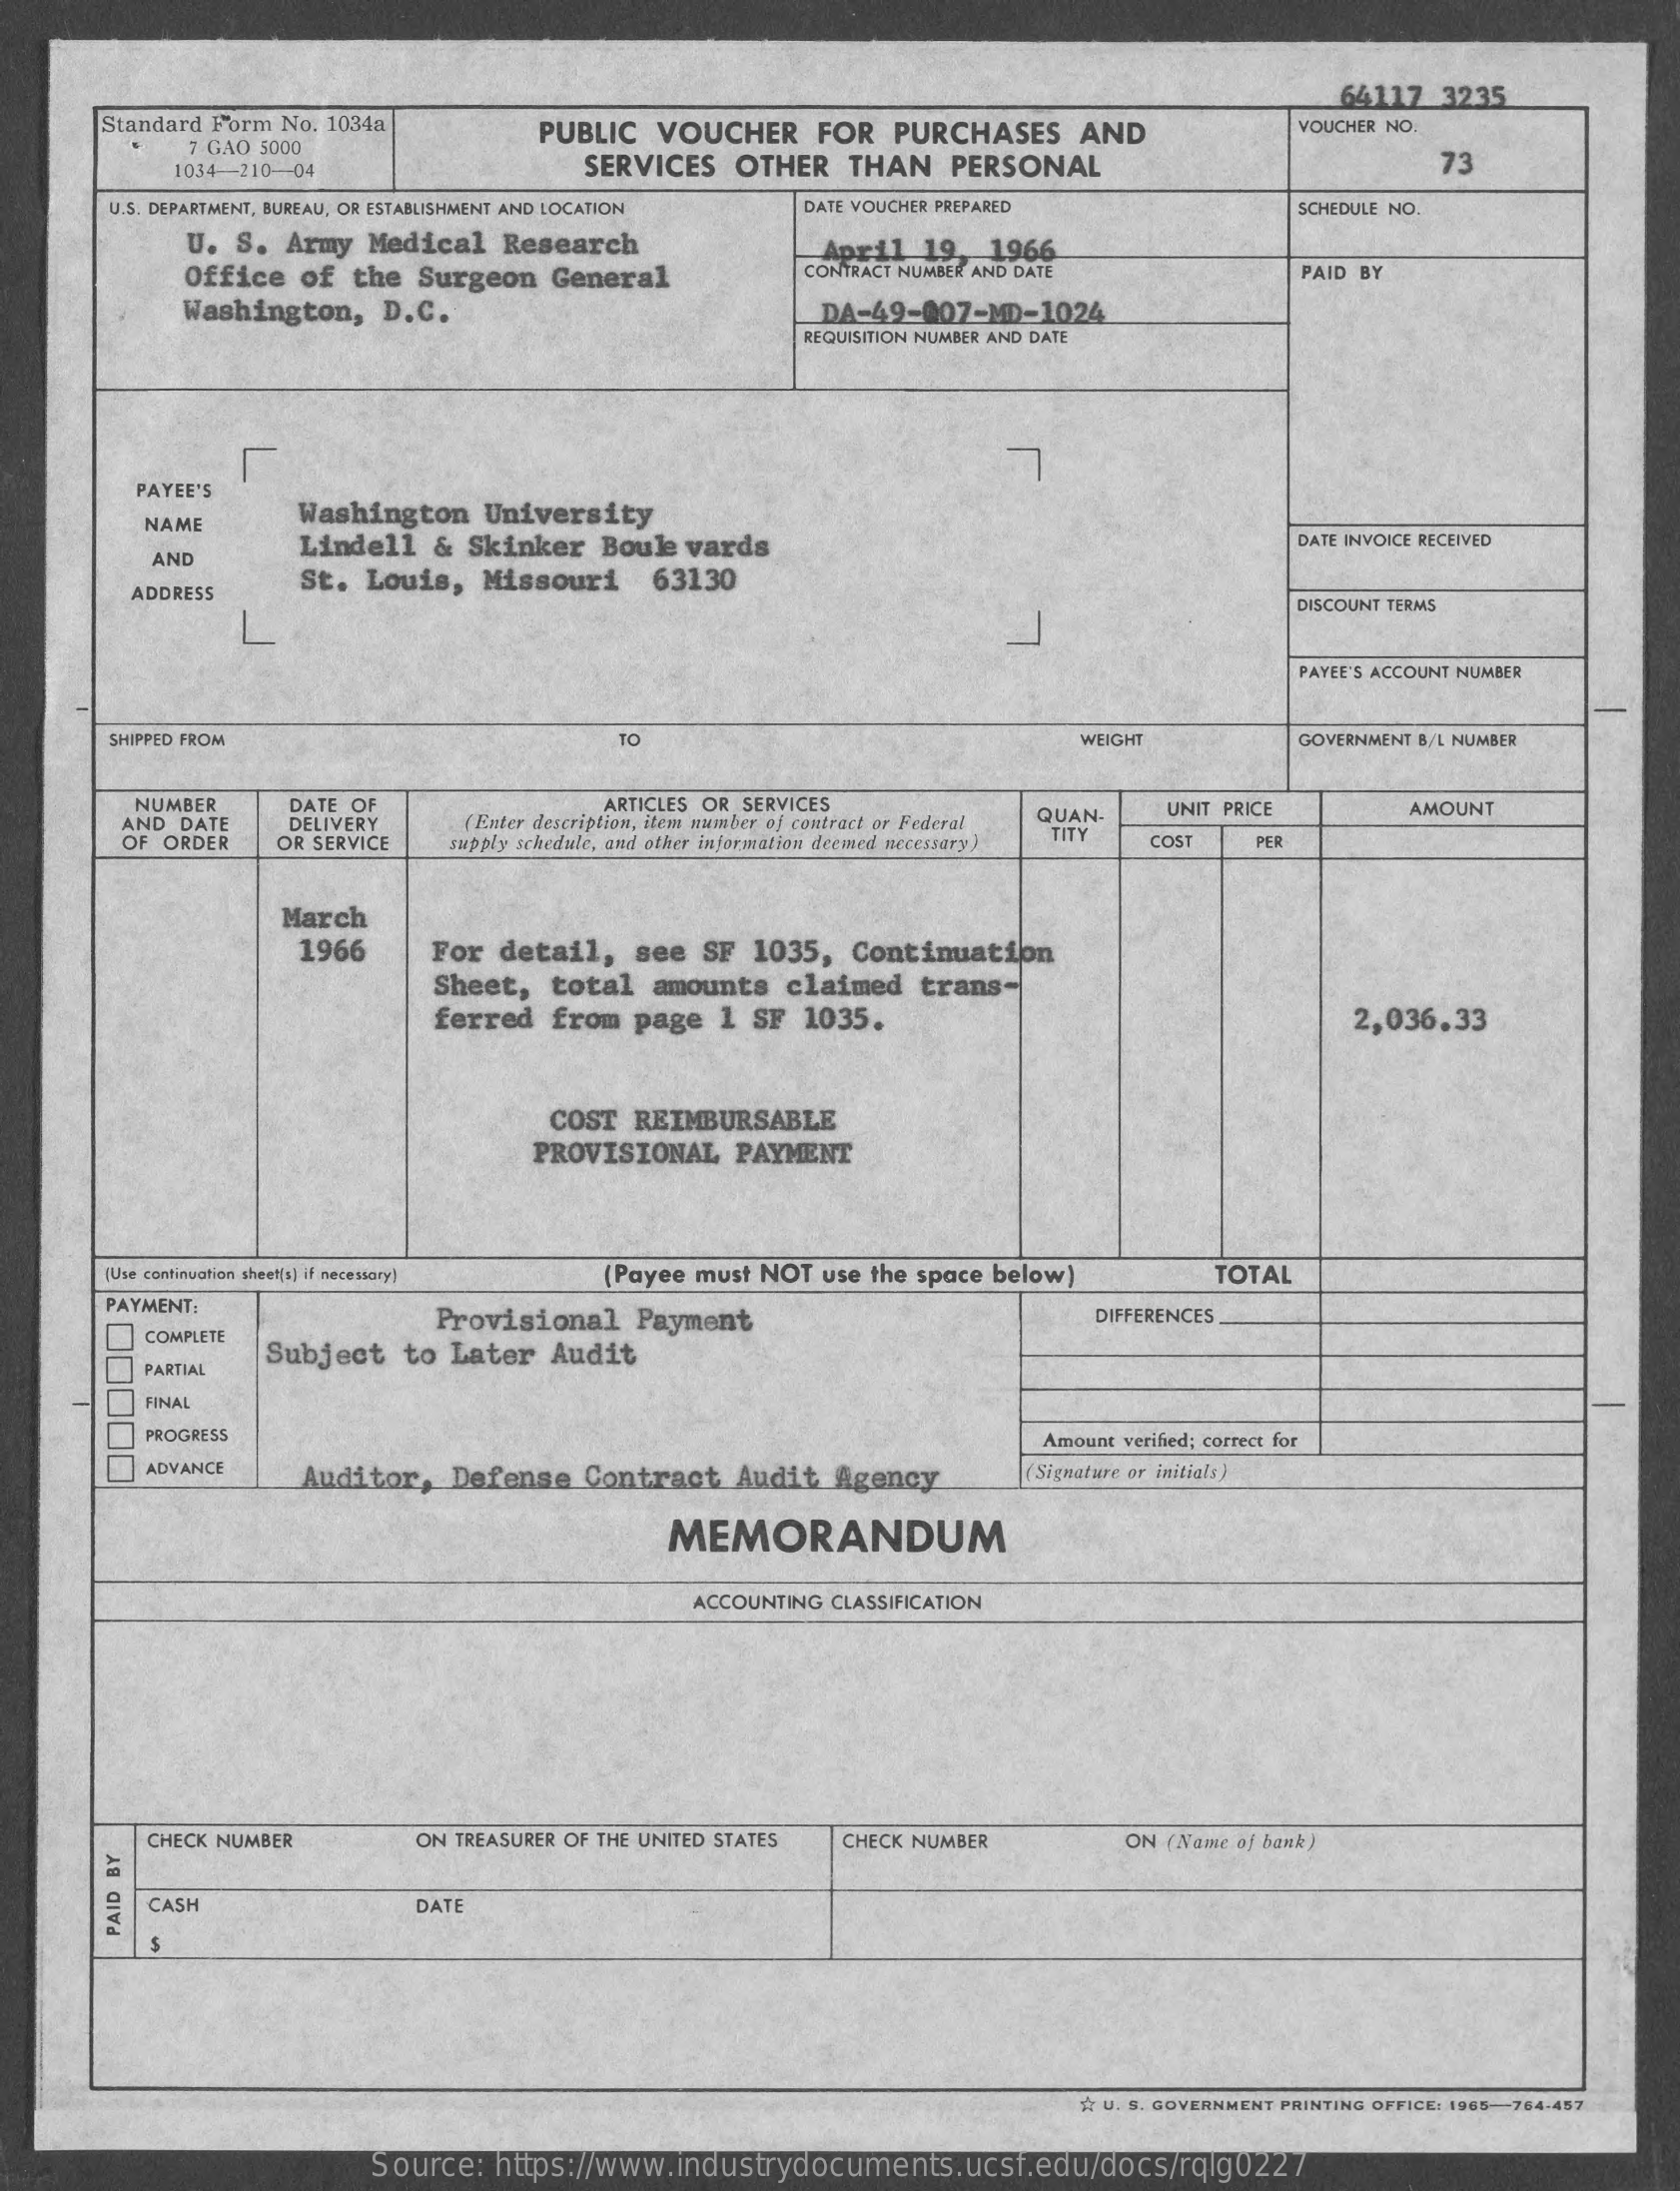
64117 3235
     Standard Form No. 1034a   PUBLIC VOUCHER  FOR  PURCHASES  AND    VOUCHER NO.
     7 GAO 5000
     1034-210-04    SERVICES OTHER THAN  PERSONAL    73
     U.S. DEPARTMENT, BUREAU, OR ESTABLISHMENT AND LOCATION DATE VOUCHER PREPARED SCHEDULE NO.
     U. S. Army Medical Research
     Office of the Surgeon General
     April 19  1966
     CONTRACT NUMBER AND DATE    PAID BY
     Washington, D.C.    DA-49-007-MD-1024
     REQUISITION NUMBER AND DATE
     PAYEE'S
     Washington University
     NAME
     Lindell & Skinker Boule vards    DATE INVOICE RECEIVED
     AND
     ADDRESS
     St. Louis, Missouri  63130
     DISCOUNT TERMS
     PAYEE'S ACCOUNT NUMBER
     SHIPPED FROM    TO    WEIGHT    GOVERNMENT B/L NUMBER
     NUMBER
     AND DATE
     DATE OF
     DELIVERY
     ARTICLES OR SERVICES
     ( Enter description, item number of contract or Federal QUAN- UNIT PRICE AMOUNT
     OF ORDER OR SERVICE supply schedule, and other information deemed necessary)
     TITY COST   PER
     March
     1966    For detail, see SF 1035, Continuation
     Sheet, total amounts claimed trans-
     ferred from page 1 SF 1035.    2,036.33
     COST REIMBURSABLE
     PROVISIONAL PAYMENT
     (Use continuation sheet[s] if necessary] (Payee must NOT use the space below) TOTAL
     PAYMENT:
     Provisional Payment    DIFFERENCES
     COMPLETE
     Subject to Later Audit
     PARTIAL
     FINAL
     PROGRESS    Amount verified; correct for
     ADVANCE
     Auditor, Defense Contract Audit Agency    (Signature or initials)
     MEMORANDUM
     ACCOUNTING CLASSIFICATION
     CHECK NUMBER    ON TREASURER OF THE UNITED STATES CHECK NUMBER ON (Name of bank)
     CASH    DATE
     PAID
     BY
     U. S. GOVERNMENT PRINTING OFFICE: 1965-764-457
     Source: https://www.industrydocuments.ucsf.edu/docs/rqlg0227